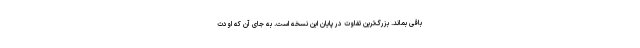
باقی بماند. بزرگ‌ترین تفاوت در پایان این نسخه است. به جای آن که اودت